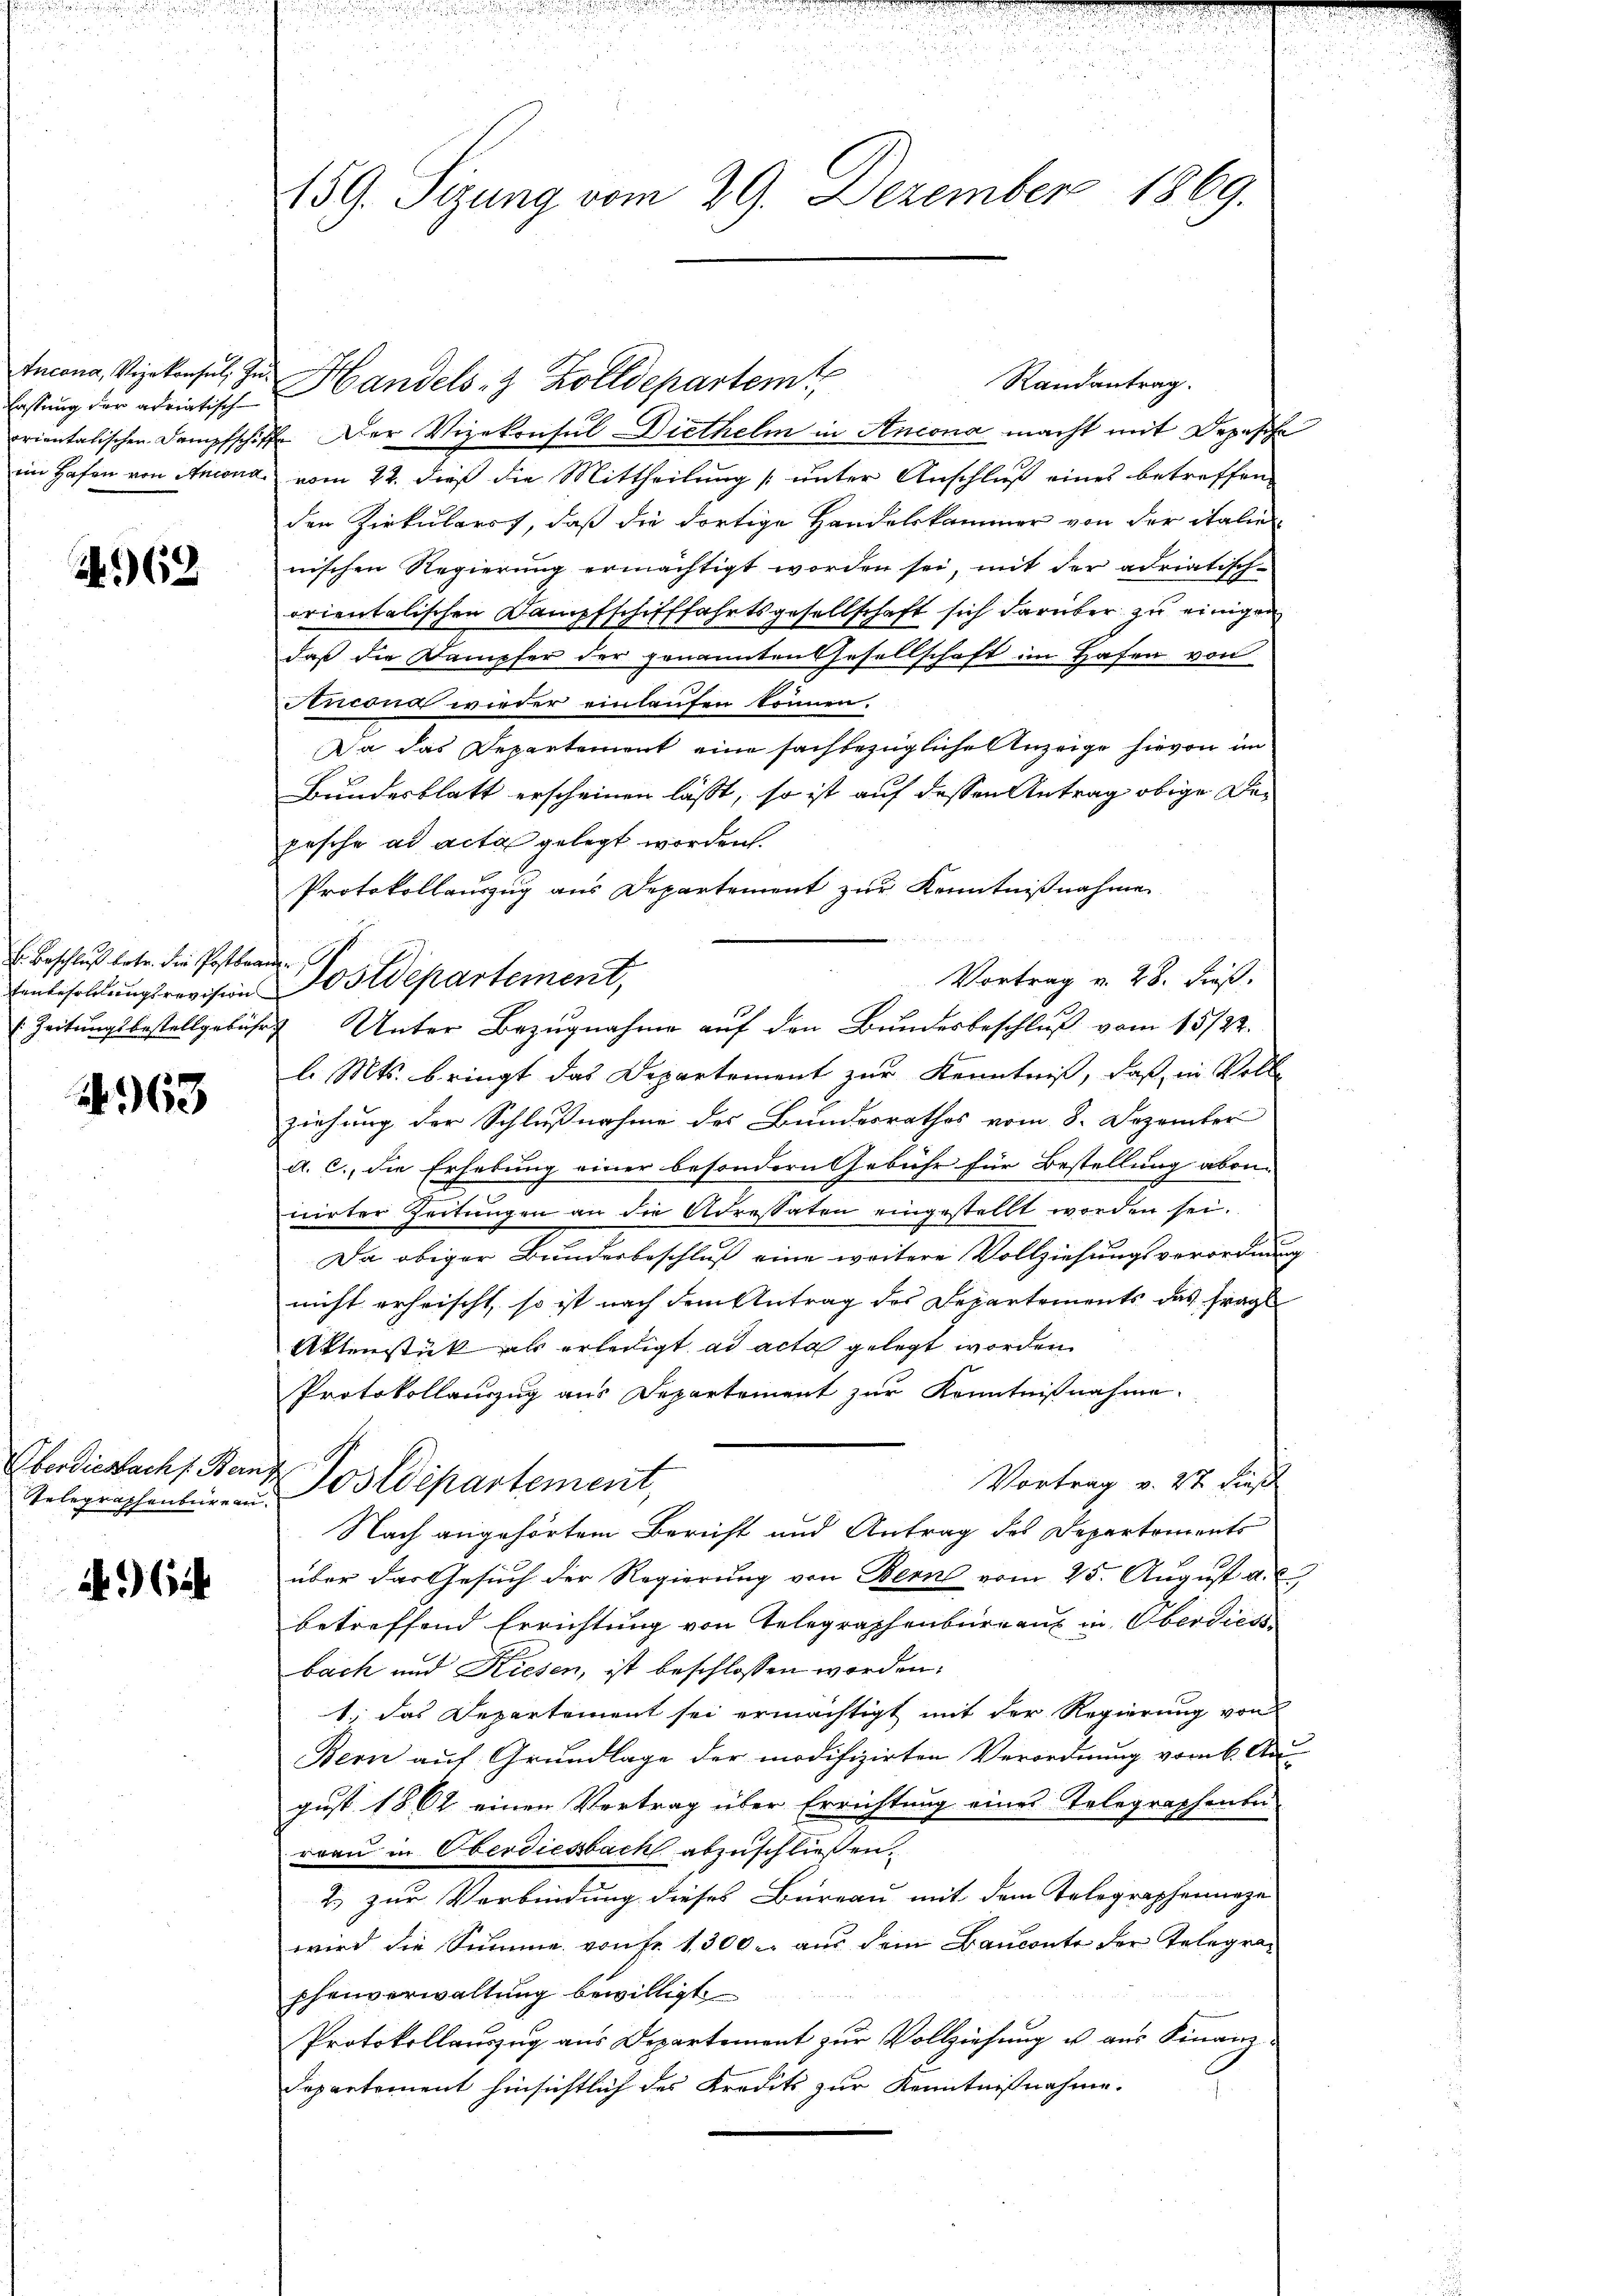
Incana, Vizekonsul, Zuassung der adriatisch

A962

E. Beschluß betr. die Postbrander
: Zeitungsbestellgebühr

4963

Oberdie nach f. Bern

296

459. Sizung vom 29. Dezember 1869.

Handels- & Zolldepartem
orientalischen Dampfschiff. Der Vizekonsul-Diethelm in Ancona macht mit Depesche
eim Hafen von Ancona vom 22. dieß die Mittheilung (unter Anschluß eines betreffen
den Zirkularst, daß die dortige Handelskammer von der italen
nischen Regierung ermächtigt worden sei, mit der adriatisch-
orientalischen Dampfschifffahrtsgesellschaft sich darüber zu einigen
daß die Dampfer der genannten Gesellschaft im Hafen von
incona wieder einlaufen können.
Da das Departement eine sachbezügliche Anzeige hievon im
Bundesblatt erscheinen lässt, so ist auf dessen Antrag obige Depesche ad acta gelegt worden.
Protokollauszug aus Departement zur Kenntnißnahmen
l. Mts. bringt das Departement zur Kenntniß, daß in Volle
ziehung der Schlußnahme des Bundesrathes vom 8. Dezember
a. c., die Erhebung einer besondern Gebühr für Bestellung aben-
nirter Zeitungen an die Adressaten eingestellt worden sei.
Da obiger Bundesbeschluß eine weitere Vollziehungsverordnung
nicht erheischt, so ist nach dem Antrag des Departements das Frage
Aktenstück als erledigt ad acta gelegt worden.
Protokollauszug aus Departement zur Kenntnißnahme.
Vortrag v. 27. dies
Telegraphenberein Postdepartement,
Nach angehörtem Bericht und Antrag des Departements
über das Gesuch der Regierung von Bern vom 25. August a. c.
betreffend Errichtung von Telegraphenburgau in Oberdies
bach und Kiesen, ist beschlossen worden.
1. das Departement sei ermächtigt mit der Regierung von
Bern auf Grundlage der modifizirten Verordnung vorb. Au-
gust 1862 einen Vertrag über Errichtung eines Telegraphenbe-
rran in Oberdiesbach abzuschließen.
2) zur Verbindung dieses Büreau mit dem Telegraphennaze
wird die Summe von Fr. 1300. aus dem Bauconte der Telegraphenverwaltung bewilligt
Protokollauszug aus Departement zur Vollziehung u aus Finanz
Separtement hinsichtlich des Kredit zur Kenntnißnahme.

Einbesoldungsrevision Postdepartement,

Unter Bezugnahme auf den Bundesbeschluß vom 15/22.

Randantrag.

Vortrag v. 28. dieß.